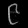
Digit: ၉